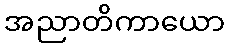
အညာတိကာယော